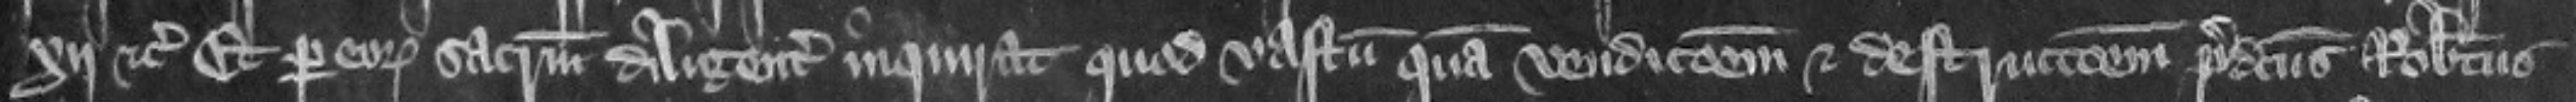
xij. etc. Et per eorum sacramentum diligenter inquirat quod vastum quam vendicionem et destruccionem predictus Robertus